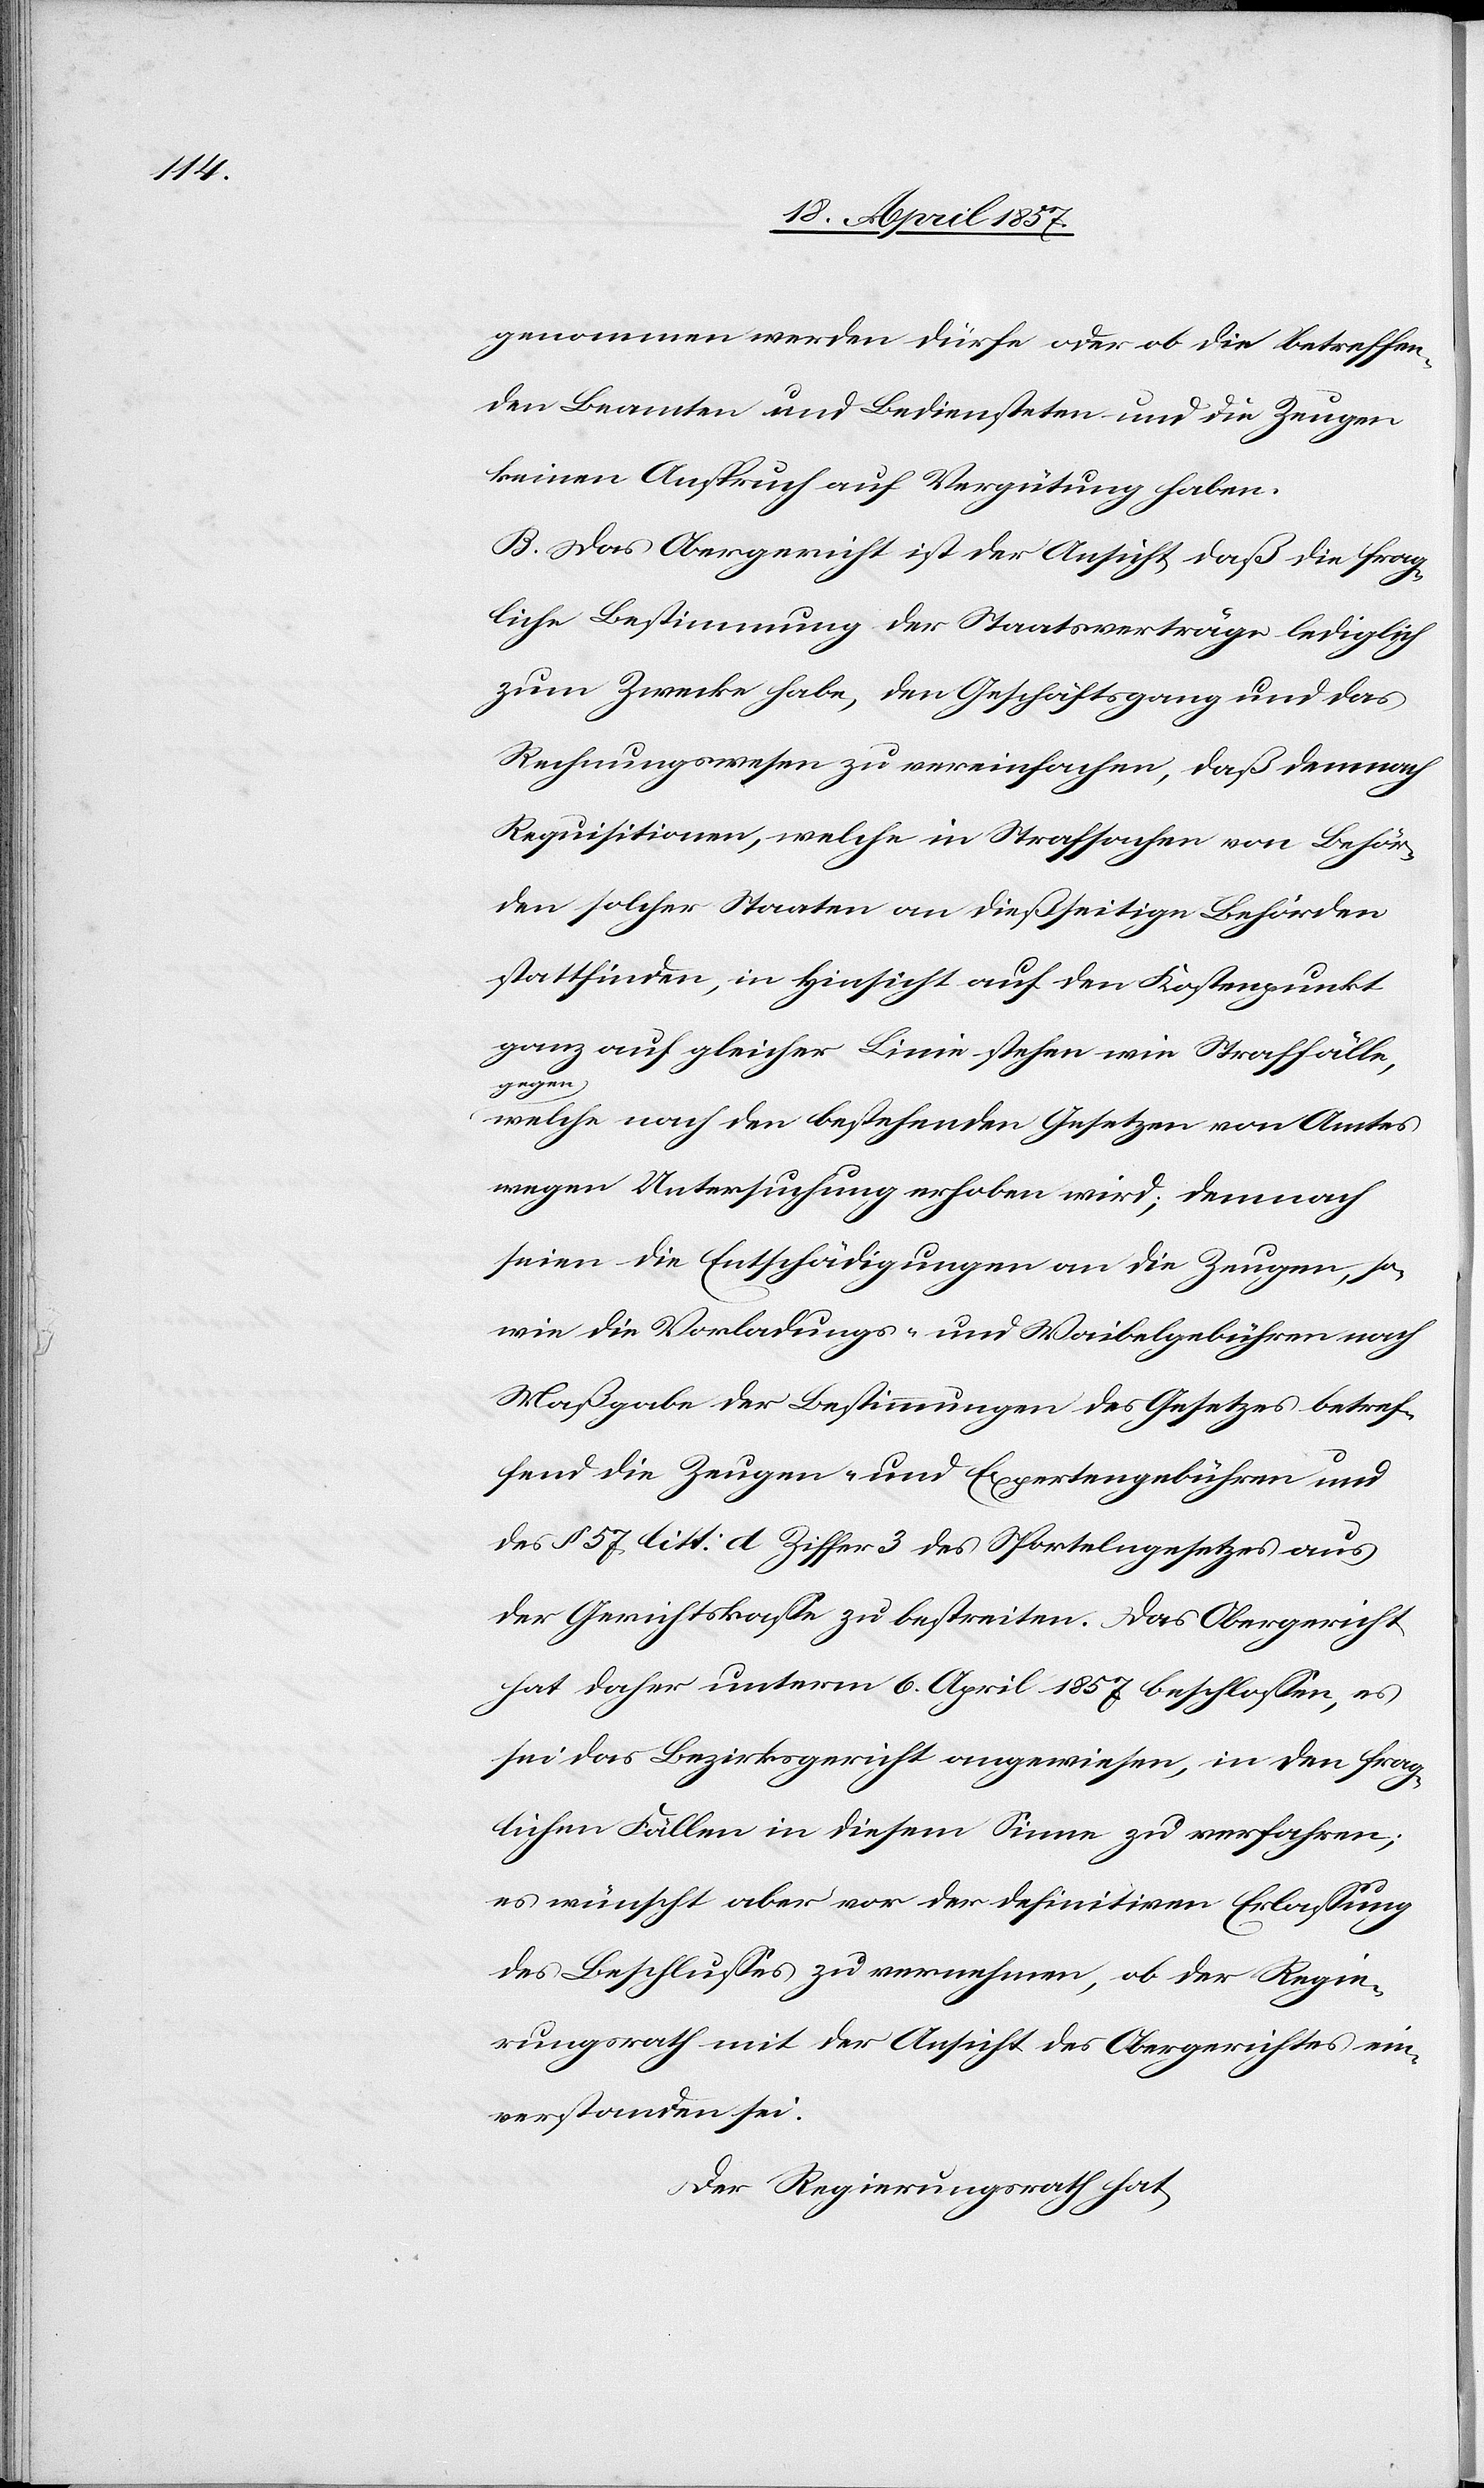
genommen werden dürfe oder ob die betreffen¬
den Beamten und Bediensteten und die Zeugen
keinen Anspruch auf Vergütung haben.
B. Das Obergericht ist der Ansicht, daß die frag¬
liche Bestimmung der Staatsverträge lediglich
zum Zwecke habe, den Geschäftsgang und das
Rechnungswesen zu vereinfachen, daß demnach
Requisitionen, welche in Strafsachen von Behör¬
den solcher Staaten an dießseitige Behörden
stattfinden, in Hinsicht auf den Kostenpunkt
ganz auf gleicher Linie stehen wie Straffälle,
gegen
welche nach den bestehenden Gesetzen von Amtes
wegen Untersuchung erhoben wird; demnach
seien die Entschädigungen an die Zeugen, so¬
wie die Vorladungs- und Waibelgebühren nach
Maßgabe der Bestimmungen des Gesetzes betref¬
fend die Zeugen- und Expertengebühren und
des § 57 litt: d Ziffer 3 des Sportelngesetzes aus
der Gerichtskasse zu bestreiten. Das Obergericht
hat daher unterm 6. April 1857 beschlossen, es
sei das Bezirksgericht angewiesen, in den frag¬
lichen Fällen in diesem Sinne zu verfahren;
es wünscht aber vor der definitiven Erlassung
des Beschlusses zu vernehmen, ob der Regie¬
rungsrath mit der Ansicht des Obergerichtes ein¬
verstanden sei.
Der Regierungsrath hat,